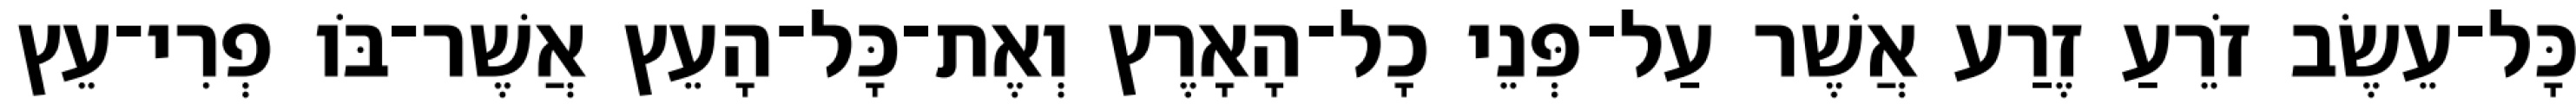
כָּל־עֵשֶׂב זֹרֵעַ זֶרַע אֲשֶׁר עַל־פְּנֵי כָל־הָאָרֶץ וְאֶת־כָּל־הָעֵץ אֲשֶׁר־בֹּו פְרִי־עֵץ